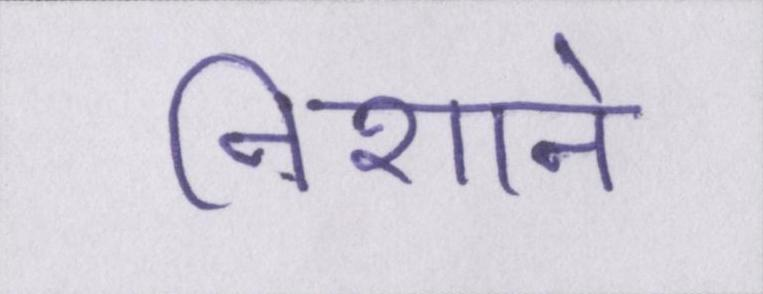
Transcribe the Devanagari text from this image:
निशाने